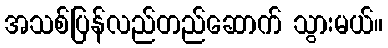
အသစ်ပြန်လည်တည်ဆောက် သွားမယ်။